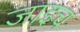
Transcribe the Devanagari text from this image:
जाइच